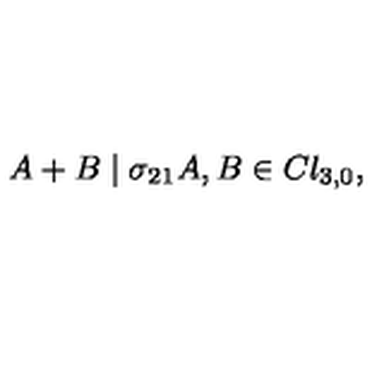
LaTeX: A + B \mid \sigma _ { 2 1 } A , B \in C l _ { 3 , 0 } ,